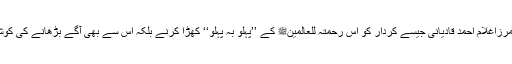
انتہاء یہ ہے کہ مرزاغلام احمد قادیانی جیسے کردار کو اس رحمتہ للعالمینﷺ کے ’’پہلو بہ پہلو‘‘ کھڑا کرنے بلکہ اس سے بھی آگے بڑھانے کی کوشش کی گئی ہے۔